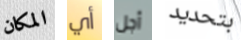
المكان أي أجل بتحديد